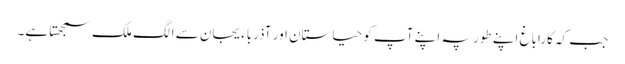
جب کہ کاراباغ اپنے طور پہ اپنے آپ کو حیاستان اور آذرباءیجان سے الگ ملک سمجھتا ہے۔